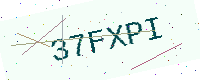
Text: 37FXPI